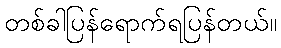
တစ်ခါပြန်ရောက်ရပြန်တယ်။